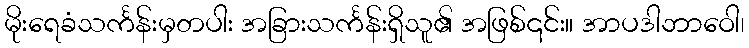
မိုးရေခံသင်္ကန်းမှတပါး အခြားသင်္ကန်းရှိသူ၏ အဖြစ်၎င်း။ အာပဒါဘာဝေါ၊